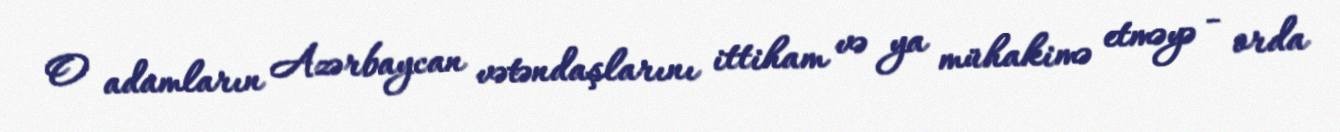
O adamların Azərbaycan vətəndaşlarını ittiham və ya mühakimə etməyə - orda